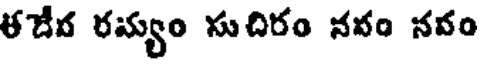
ళదేవ రమ్యం సుదిరం నవం నవం